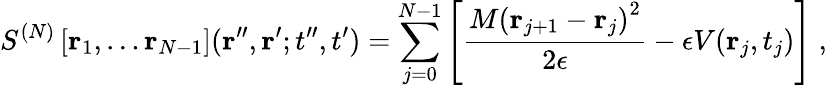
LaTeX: S^{(N)}\left[{\mathbf r}_{1},\dots{\mathbf r}_{N-1}\right]({\mathbf r}^{\prime\prime},{\mathbf r}^{\prime};t^{\prime\prime},t^{\prime})=\sum_{j=0}^{N-1}\left[\frac{M\left({\mathbf r}_{j+1}-{\mathbf r}_{j}\right)^{2}}{2\epsilon}-\epsilon V({\mathbf r}_{j},t_{j})\right]\; ,